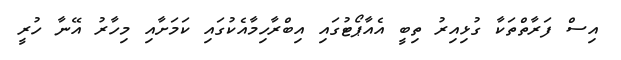
އިސް ފަރާތްތަކާ ގުޅިއިރު ތިބީ އެއާޕޯޓުގައި އިބްރާހިމާއެކުގައި ކަމަށާއި މިހާރު އޭނާ ހުރީ